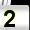
Digit: 2